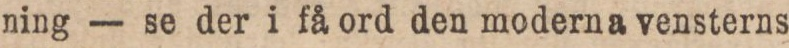
ning — se der i få ord den moderna vensterns